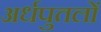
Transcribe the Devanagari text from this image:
अर्धपुतलों